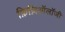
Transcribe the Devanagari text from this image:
फ़िज़िऑलॉजी